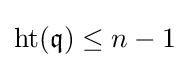
\operatorname {ht} ({\mathfrak {q}})\leq n-1